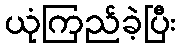
ယုံကြည်ခဲ့ပြီး